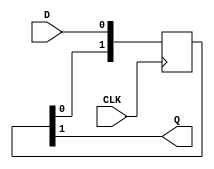
//-----------------------------------------------------------------------------
// The confidential and proprietary information contained in this file may
// only be used by a person authorised under and to the extent permitted
// by a subsisting licensing agreement from ARM Limited.
//
//            (C) COPYRIGHT 2012-2013 ARM Limited.
//                ALL RIGHTS RESERVED
//
// This entire notice must be reproduced on all copies of this file
// and copies of this file may only be made by a person if such person is
// permitted to do so under the terms of a subsisting license agreement
// from ARM Limited.
//
//   Checked In : $Date: 2013-03-27 10:42:39 +0000 (Wed, 27 Mar 2013) $
//   Revision   : $Revision: 242361 $
//   Release    : Cortex-M System Design Kit-r1p0-01rel0
//
//-----------------------------------------------------------------------------
// Verilog-2001 (IEEE Std 1364-2001)
//-----------------------------------------------------------------------------

// ----------------------------------------------------------------------------
// CDC synchronizer
// ----------------------------------------------------------------------------

// Standard double flop logic value synchronizer.

module cmsdk_ahb_to_ahb_apb_async_synchronizer (
      input  wire CLK,
      input  wire D,
      output wire Q
   );

   reg [1:0] q_q;

   always @(posedge CLK)
      q_q <= {q_q[0], D};

   assign Q = q_q[1];

endmodule

// ----------------------------------------------------------------------------
// EOF
// ----------------------------------------------------------------------------